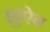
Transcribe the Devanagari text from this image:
शुऐब